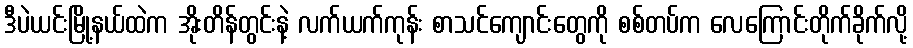
ဒီပဲယင်းမြို့နယ်ထဲက အိုးတိန်တွင်းနဲ့ လက်ယက်ကုန်း စာသင်ကျောင်းတွေကို စစ်တပ်က လေကြောင်းတိုက်ခိုက်လို့